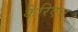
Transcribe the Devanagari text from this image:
कैरिएज